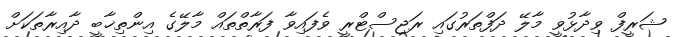
ޝަރީފް ވިދާޅުވީ މާލޭ ދަފްތަރުގައި ރަޖިސްޓްރީ ވެފައިވާ ފަރާތްތައް މާލޭގެ އިންތިޚާބީ ދާއިރާތަކަށް